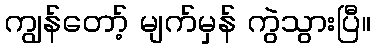
ကျွန်တော့် မျက်မှန် ကွဲသွားပြီ။